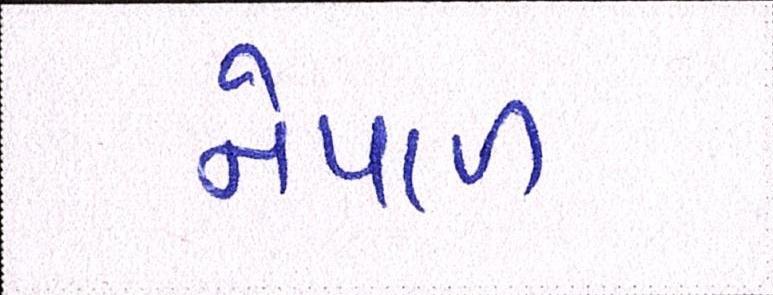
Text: નેપાળ